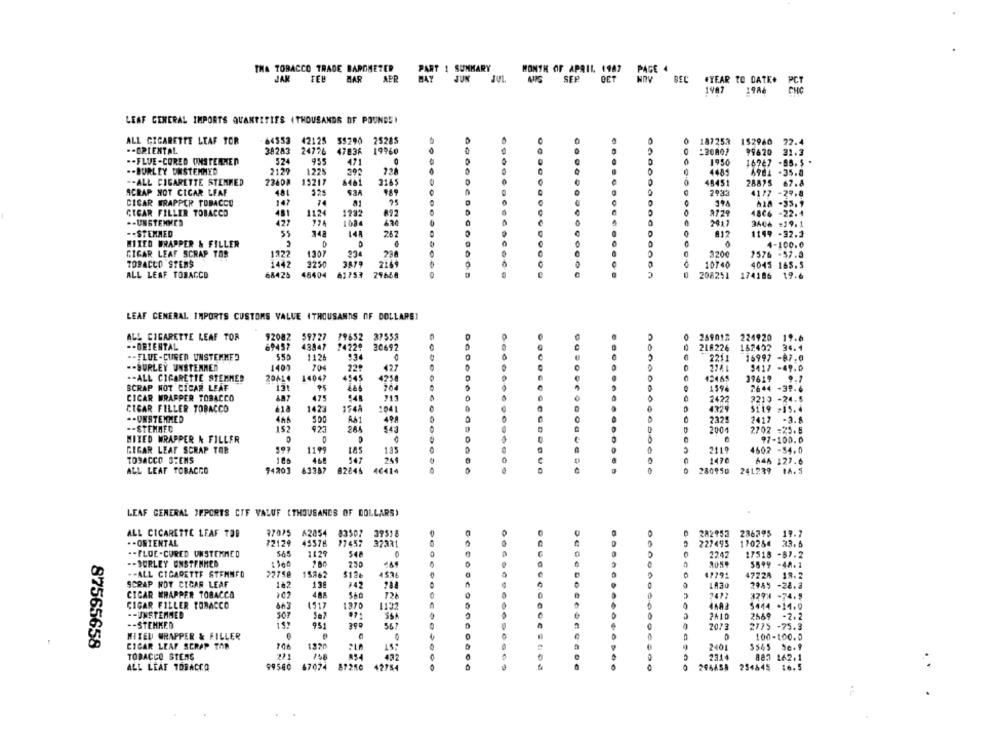
THA TOBACCO TRADE BAROMETER PART ! SUMMARY
MONTH OF APRIL 1947 PAGE 4
JAK FEB MAR AER BAY JUN JUL AUG SEP OCT NOV DEC #YEAR TO DATE+
1987
19A6
PCT
LEAF GENERAL IMPORTS QUANTITIES (THOUSANDS OF POUNDSI
ALL CIGARETTE LEAF TOR
64353
42125
25285
18725.3
152960 72.4
.- ORIENTAL
38283
24776
47836
19960
99620 21.3
.- FLUE-CORED ONSTERNEN
524
955
421
1950
16787 -85. 5 .
.- BURLEY UNSTEMMED
2129
1225
4485
6981 -35.0
-- ALL CIGARETTE STEMMED
73608
15217
6461
3165
48451
28875 67.8
SCRAP NOT CICAR LEAF
481
4177 -29.8
147
CIGAR WRAPPER TOBACCO
618 -33.9
CTCAR FILLER TOBACCO
481
1124
1232
2129
4806 -22.4
.- UNSTENMED
427
1084
3406 =19.1
.. STEMMED
148
14
267
812
1199 -32.3
MITED WRAPPER & FILLER
4-100.0
CIGAR LEAF SCRAP TOR
1322
1307
934
120€
7576 -57.3
TOBACCO STENS
1442
3250
10740
4045 165.5
ALL LEAF TOBACCO
68425
48404
61753
29668
208251
174186 19.6
LEAF CENERAL IMPORTS CUSTOMS VALUE (THOUSANDS OF DOLLARS!
ALL CIGARETTE LEAF TOR
92082
$9727
79652
37553
269012
224920 19-6
-- ORIENTAL
69457
43847
74229
30697
216226
162492 34.4
.- FLUE-CURED UNSTEMMED
1124
2211
16997 -87.0
-- BURLEY UNSTERMED
1402
70
427
3412 -49.0
.- ALL CIGARETTE STEMMED
20414
14047
4545
4258
42465
39619
.. 1
SCRAP NOT CICAR LEAF
131
2644 -39.6
1594
CICAR WRAPPER TOBACCO
475
141
711
2422
2219 -24.5
CIGAR FILLER TOBACCO
618
1423
154A
1041
4329
5119 -15.4
.- UNSTEMMED
A61
498
2325
2412
-3.8
-- STEMMEC
152
923
264
543
2004
2702 =25.8
97-100.0
MIXED WRAPPER & FILLER
CIGAR LEAF SCRAP TOR
1199
135
2119
4602 -54.0
TOBACCO STENS
100
1476
646 127.6
ALL LEAF TOBACCO
94203
63387
82846
280950
241239 14.5
LEAF GENERAL JEPORTS CIF VALUE (THOUSANDS OF DOLLARS)
ALL CICARETTE LEAF TOB
37075
62854 83502
29518
282953 286395 19.7
.- ORIENTAL
72124
17457
45576
37331
227495
170254 23.5
.- FLOE-CURED UNSTEMMED
565
1129
548
0
1247
17518 -87.2
.- BORLEY UNSTENMED
1500
230
$699 -48.1
.- ALL CIGARETTE STENNFO
22758
15862
$126
453
4722A 18.2
SCRAP HOT CIGAR LEAF
182
142
1830
2985 -28.3
CICAR WRAPPER TOBACCO
12
3298 -74.5
CIGAR FILLER TOBACCO
1517
1270
$444 -14.0
.- UNSTERMED
507
971
2610
2669 -2.2
951
-- STEHKED
390
2023
2775 -75.3
HITEL WRAPPER & FILLER
100-100.0
87565658
CIGAR LEAF SCRAP TAR
1370
2401
$545 Sc.9
TOBACCO STENS
432
2514
883 162.1
ALL LEAF TOBACCO
99560
67074
87250
42754
234645
16.5